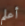
أعلم